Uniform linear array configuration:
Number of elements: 64
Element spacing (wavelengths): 0.5
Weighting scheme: uniform
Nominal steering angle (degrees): -15
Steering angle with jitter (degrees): -14.408
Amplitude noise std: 0.05
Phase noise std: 0.05

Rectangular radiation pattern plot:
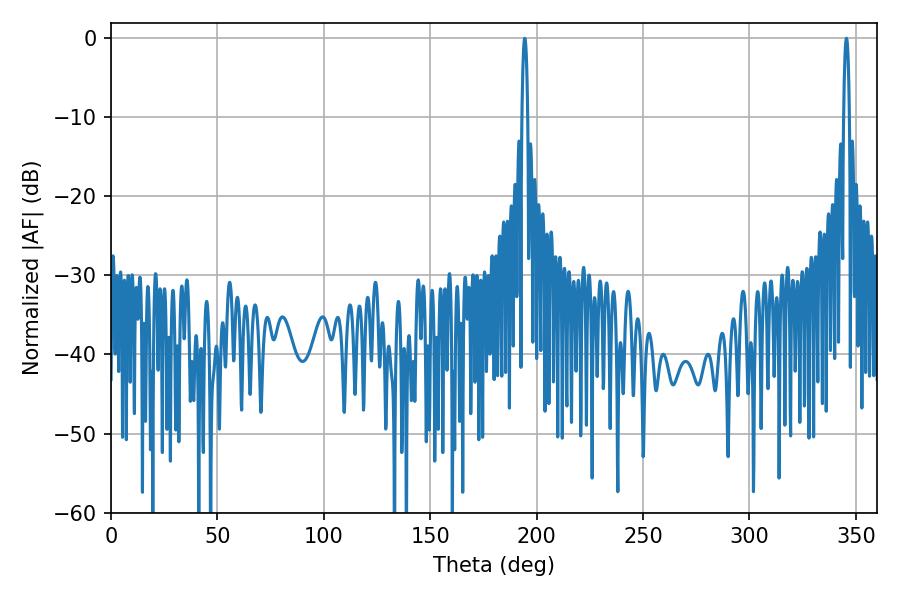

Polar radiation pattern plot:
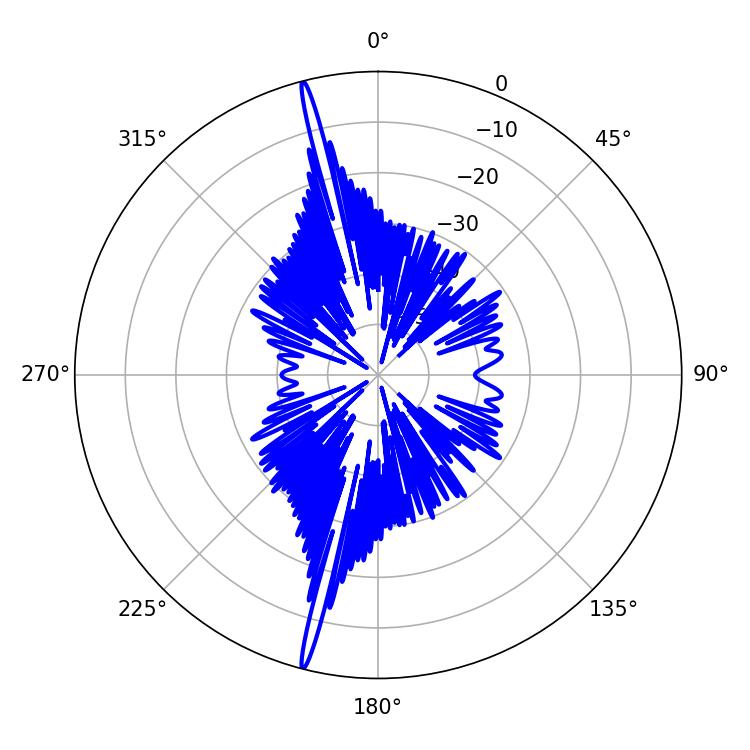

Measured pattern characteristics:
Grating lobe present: FALSE
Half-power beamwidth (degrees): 1.44
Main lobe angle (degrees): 194.4